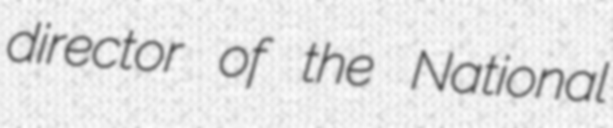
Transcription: director of the National